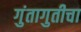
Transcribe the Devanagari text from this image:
गुंतागुतीचा